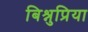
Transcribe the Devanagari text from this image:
बिश्नुप्रिया